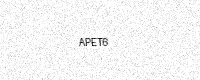
Text: APET6